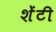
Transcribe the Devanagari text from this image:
शेंटी